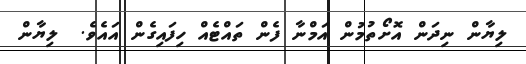
ލިޔާން ނިދަން އޮށޯތުމުން އަމްނާ ފެން ތައްޓެއް ހިފައިގެން އައެވެ.  ލިޔާން